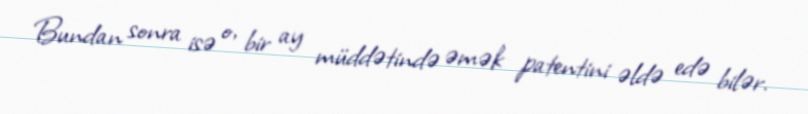
Bundan sonra isə o, bir ay müddətində əmək patentini əldə edə bilər.